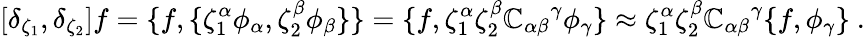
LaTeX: \left[\delta_{\zeta_{1}},\delta_{\zeta_{2}}\right]f=\{ f,\{ \zeta_{1}^{\alpha}\phi_{\alpha},\zeta_{2}^{\beta}\phi_{\beta}\} \} =\{ f,\zeta_{1}^{\alpha}\zeta_{2}^{\beta}{\mathbb{C}_{\alpha\beta}}^{\gamma}\phi_{\gamma}\} \approx\zeta_{1}^{\alpha}\zeta_{2}^{\beta}{\mathbb{C}_{\alpha\beta}}^{\gamma}\{ f,\phi_{\gamma}\} \ .